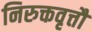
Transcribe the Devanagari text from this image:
निरुक्तवृत्तौ